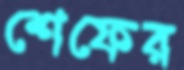
শেফের